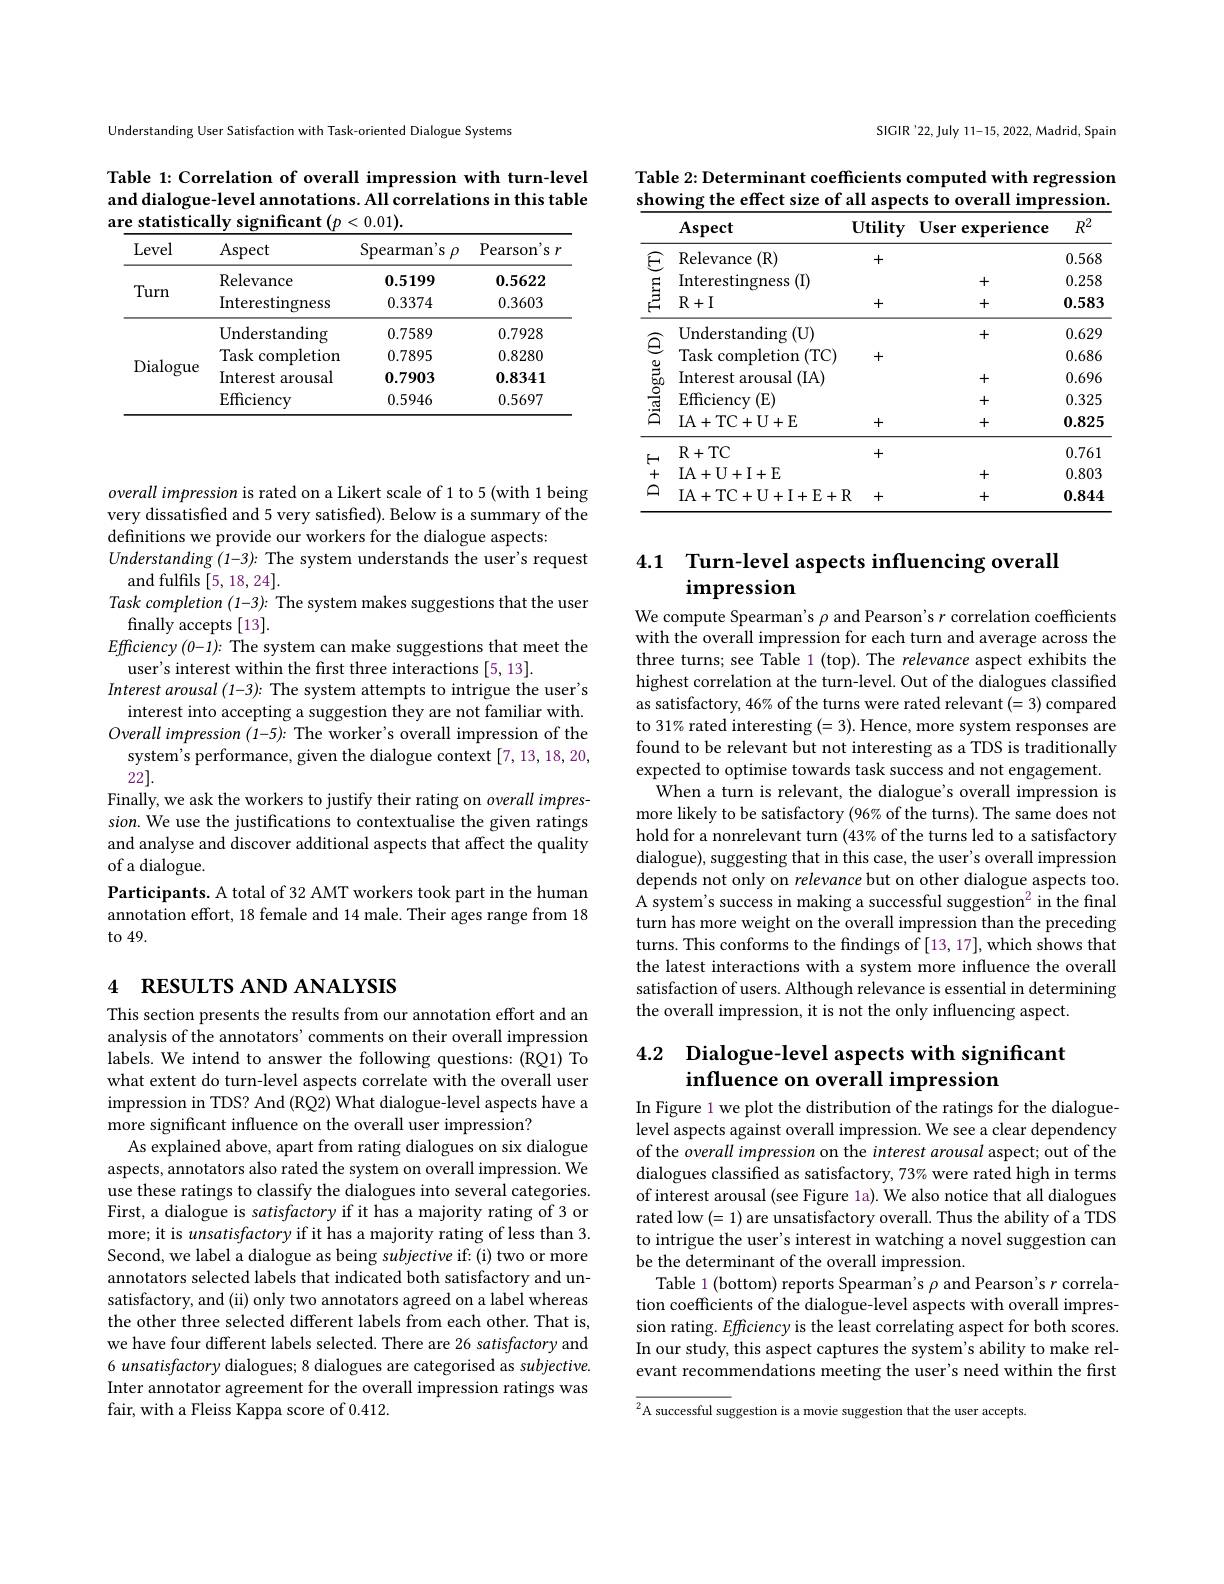
Understanding User Satisfaction with Task-oriented Dialogue Systems

Table 1: Correlation of overall impression with turn-level and dialogue-level annotations. All correlations in this table are statistically significant $(p<0.01).$

<table>
	<tbody>
		<tr>
			<th>Level</th>
			<th>Aspect</th>
			<th>Spearman's $\rho$</th>
			<th>Pearson's $r$</th>
		</tr>
		<tr>
			<td rowspan="2">Turn</td>
			<td>Relevance</td>
			<td>0.5199</td>
			<td>0.5622</td>
		</tr>
		<tr>
			<td>Interestingness</td>
			<td>0.3374</td>
			<td>0.3603</td>
		</tr>
		<tr>
			<td rowspan="4">Dialogue</td>
			<td>Understanding</td>
			<td>0.7589</td>
			<td>0.7928</td>
		</tr>
		<tr>
			<td>Task completion</td>
			<td>0.7895</td>
			<td>0.8280</td>
		</tr>
		<tr>
			<td>Interest arousal</td>
			<td>$\mathbf{0.7903}$</td>
			<td>0.8341</td>
		</tr>
		<tr>
			<td>Efficiency</td>
			<td>0.5946</td>
			<td>0.5697</td>
		</tr>
	</tbody>
</table>

overall impression is rated on a Likert scale of 1 to 5 (with 1 being very dissatisfied and 5 very satisfied). Below is a summary of the definitions we provide our workers for the dialogue aspects:
$Understanding(1-3):$ The system understands the user's request
and fulfils [5,18,24].
Task completion (1-3): The system makes suggestions that the user
finally accepts [13].
$Efficiency(0-1){:}$ The system can make suggestions that meet the
user's interest within the first three interactions [5, 13].
Interest arousal (1-3): The system attempts to intrigue the user's
interest into accepting a suggestion they are not familiar with. Overall impression (1-5): The worker's overall impression of the
system's performance, given the dialogue context [7,13,18,20,
22].
Finally, we ask the workers to justify their rating on overall impression. We use the justifications to contextualise the given ratings and analyse and discover additional aspects that affect the quality of a dialogue.
Participants. A total of 32 AMT workers took part in the human annotation effort, 18 female and 14 male. Their ages range from 18 to 49.

## 4 RESULTS AND ANALYSIS

This section presents the results from our annotation effort and an analysis of the annotators' comments on their overall impression labels. We intend to answer the following questions: (RQ1) To what extent do turn-level aspects correlate with the overall user impression in TDS? And (RQ2) What dialogue-level aspects have a $\dot{\text{more significant influence on the overall user impression?}}$
As explained above, apart from rating dialogues on six dialogue aspects, annotators also rated the system on overall impression. We use these ratings to classify the dialogues into several categories First, a dialogue is satisfactory if it has a majority rating of 3 or more; it is unsatisfactory if it has a majority rating of less than 3. Second, we label a dialogue as being subjective if: (i) two or more annotators selected labels that indicated both satisfactory and unsatisfactory, and (ii) only two annotators agreed on a label whereas the other three selected different labels from each other. That is, we have four different labels selected. There are 26 satisfactory and 6 unsatisfactory dialogues; 8 dialogues are categorised as subjective. Inter annotator agreement for the overall impression ratings was fair, with a Fleiss Kappa score of 0.412.

SICIR'22,July 11-15, 2022, Madrid, Spain

Table 2: Determinant coefficients computed with regression showing the effect size of all aspects to overall impression.

<table>
	<tbody>
		<tr>
			<th> </th>
			<th>Aspect</th>
			<th>Utility</th>
			<th>User experience</th>
			<th>$R^{2}$</th>
		</tr>
		<tr>
			<td rowspan="3">$\textcircled{E}$ 三</td>
			<td>Relevance (R)</td>
			<td>+</td>
			<td> </td>
			<td>0.568</td>
		</tr>
		<tr>
			<td>Interestingness</td>
			<td> </td>
			<td>+</td>
			<td>0.258</td>
		</tr>
		<tr>
			<td>$R+I$</td>
			<td>+</td>
			<td>+</td>
			<td>0.583</td>
		</tr>
		<tr>
			<td> </td>
			<td>Understanding $(\mathbf{U})$</td>
			<td> </td>
			<td>+</td>
			<td>0.629</td>
		</tr>
		<tr>
			<td>$gj$ - 1 1 - 1</td>
			<td>Task completion (TC)</td>
			<td>+</td>
			<td> </td>
			<td>0.686</td>
		</tr>
		<tr>
			<td>$\vec{\vec{b}}_{0}$</td>
			<td>Interest arousal (IA)</td>
			<td> </td>
			<td>+</td>
			<td>0.696</td>
		</tr>
		<tr>
			<td>$స్తు$</td>
			<td>$\operatorname{Efficiency}$ $(\mathbf{E})$</td>
			<td> </td>
			<td>+</td>
			<td>0.325</td>
		</tr>
		<tr>
			<td>-</td>
			<td>IA+ TC+ U+ E</td>
			<td>+</td>
			<td>+</td>
			<td>0.825</td>
		</tr>
		<tr>
			<td rowspan="3">$E_{+}$ $മ$ .</td>
			<td>R+TC</td>
			<td>+</td>
			<td> </td>
			<td>0.761</td>
		</tr>
		<tr>
			<td>IA+ U+ I+ E</td>
			<td> </td>
			<td>+</td>
			<td>0.803</td>
		</tr>
		<tr>
			<td>IA+TC+U+I+E+I</td>
			<td>$R$ +</td>
			<td>+</td>
			<td>0.844</td>
		</tr>
	</tbody>
</table>

## 4.1 Turn-level aspects influencing overall impression

We compute Spearman's $\rho$ and Pearson's $r$ correlation coefficients with the overall impression for each turn and average across the three turns; see Table 1 (top). The relevance aspect exhibits the highest correlation at the turn-level. Out of the dialogues classified as satisfactory, 46% of the turns were rated relevant (=3) compared to 31% rated interesting (=3). Hence, more system responses are found to be relevant but not interesting as a TDS is traditionally expected to optimise towards task success and not engagement.
When a turn is relevant, the dialogue's overall impression is more likely to be satisfactory (96% of the turns). The same does not hold for a nonrelevant turn (43% of the turns led to a satisfactory dialogue), suggesting that in this case, the user's overall impression depends not only on relevance but on other dialogue aspects too. A system's success in making a successful suggestion$^2$ in the final turn has more weight on the overall impression than the preceding turns. This conforms to the findings of [13, 17], which shows that the latest interactions with a system more influence the overall satisfaction of users. Although relevance is essential in determining the overall impression, it is not the only influencing aspect

## 4.2 Dialogue-level aspects with significant influence on overall impression

In Figure 1 we plot the distribution of the ratings for the dialoguelevel aspects against overall impression. We see a clear dependency of the overall impression on the interest arousal aspect; out of the dialogues classified as satisfactory, 73% were rated high in terms of interest arousal (see Figure 1a). We also notice that all dialogues rated low (=1) are unsatisfactory overall. Thus the ability of a TDS to intrigue the user's interest in watching a novel suggestion can be the determinant of the overall impression.
Table 1 (bottom) reports Spearman's $\rho$ and Pearson's $r$ correlation coefficients of the dialogue-level aspects with overall impression rating. Efficiency is the least correlating aspect for both scores. In our study, this aspect captures the system's ability to make relevant recommendations meeting the user's need within the first

$\overline{{^2\text{A successful sug}}}$gestion is a movie suggestion that the user accepts